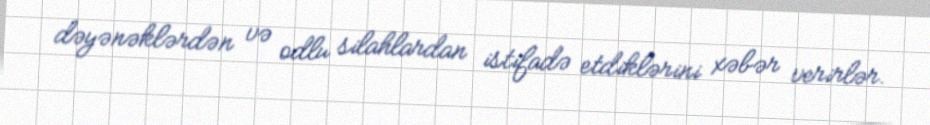
dəyənəklərdən və odlu silahlardan istifadə etdiklərini xəbər verirlər.